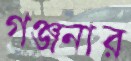
গঞ্জনার